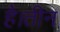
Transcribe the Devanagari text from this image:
है।तीन